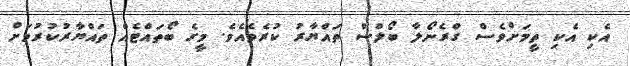
އެކި އެކި ތީމަށްވެސް ގްރެނޯލާ ބޯލްސް ތައްޔާރު ކުރެވެއެވެ. މީގެ ބޯތައްޓެއް ތައްޔާރުކުރުމަށް